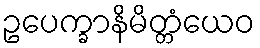
ဥပေက္ခာနိမိတ္တံယေဝ